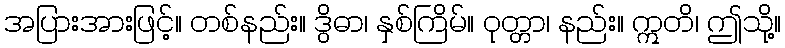
အပြားအားဖြင့်။ တစ်နည်း။ ဒွိဓာ၊ နှစ်ကြိမ်။ ဝုတ္တာ၊ နည်း။ ဣတိ၊ ဤသို့။